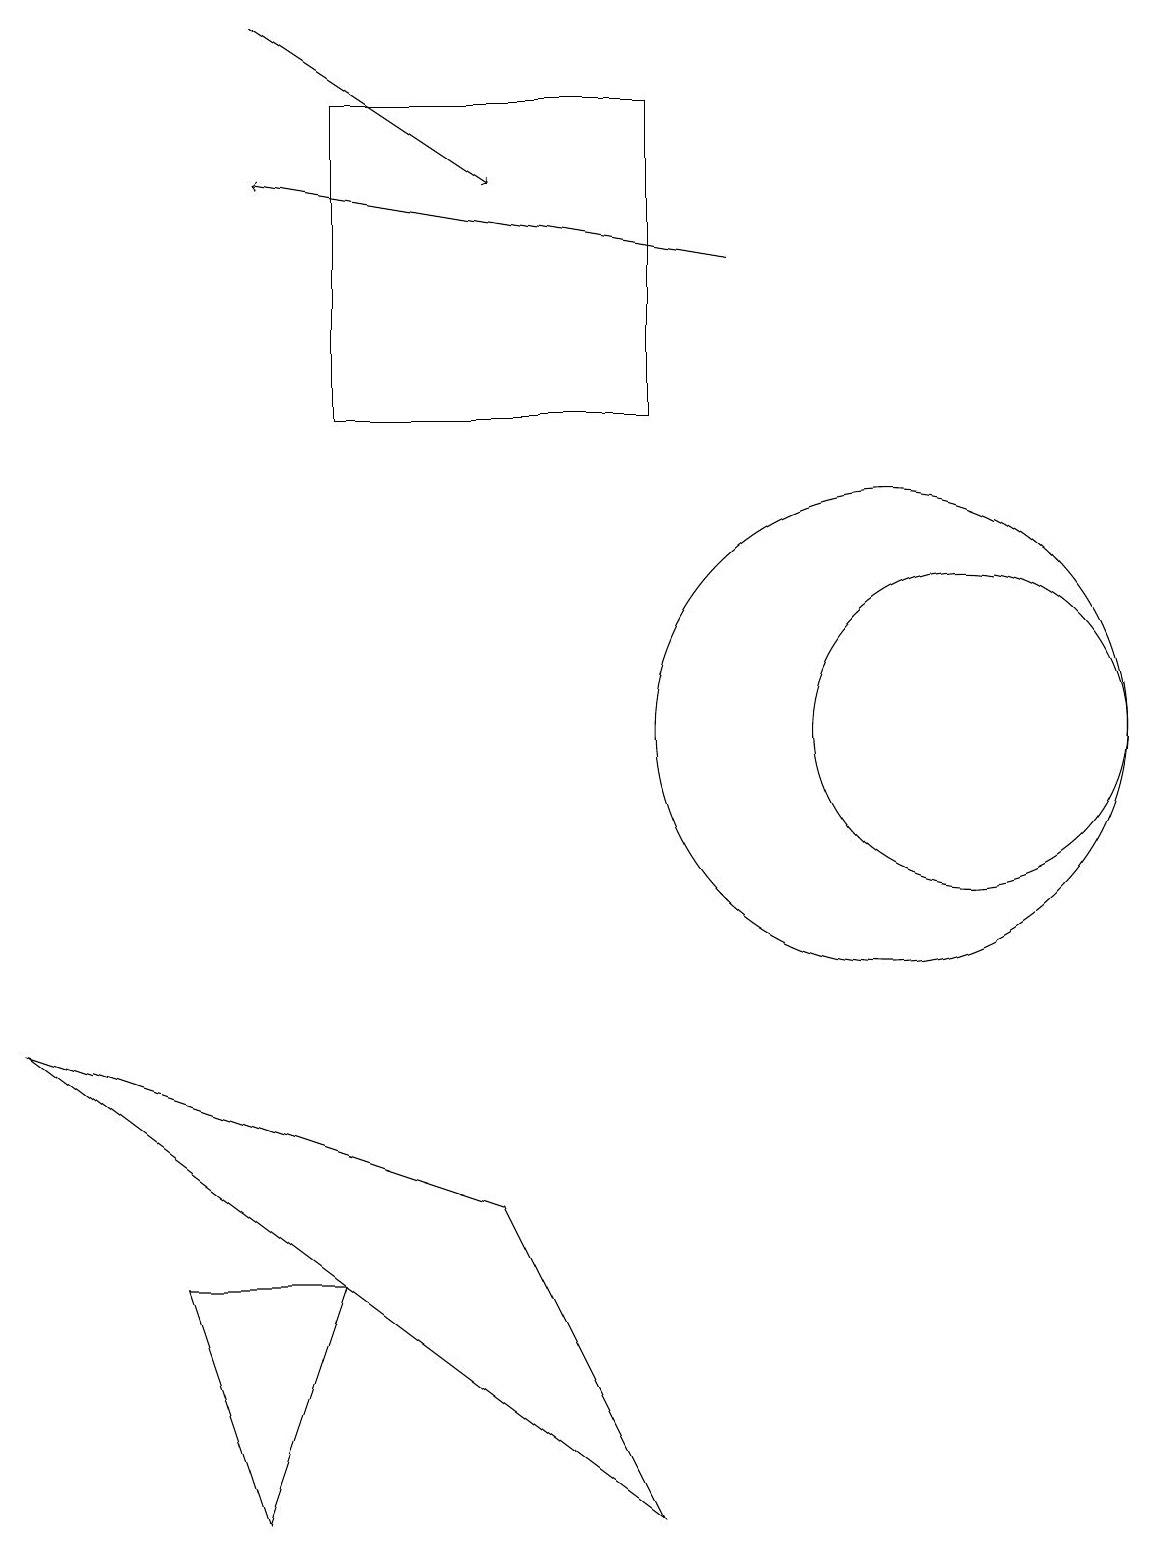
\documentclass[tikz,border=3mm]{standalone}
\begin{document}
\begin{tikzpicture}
\draw[->] (3,19) -- (6,17);
\draw (8,18) rectangle (4,14);
\draw (4,3) -- (3,0) -- (2,3) -- cycle;
\draw (12,10) circle (2);
\draw (0,6) -- (6,4) -- (8,0) -- cycle;
\draw (11,10) circle (3);
\draw[->] (9,16) -- (3,17);
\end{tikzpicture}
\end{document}